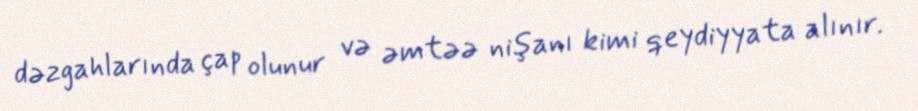
dəzgahlarında çap olunur və əmtəə nişanı kimi qeydiyyata alınır.